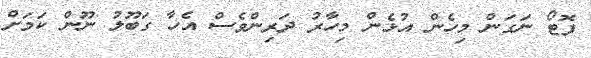
ފޮޓޯ ނަގަން މިހެން އުޅެން މިހާރު ދަރިންވެސް އެހާ ގަބޫލު ނޫން ކަމަށް